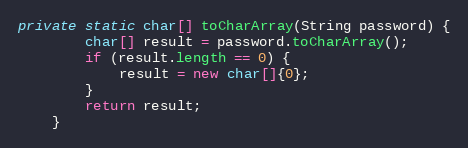
Language: Java
private static char[] toCharArray(String password) {
        char[] result = password.toCharArray();
        if (result.length == 0) {
            result = new char[]{0};
        }
        return result;
    }